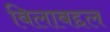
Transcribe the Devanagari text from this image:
बिलाबद्दल